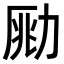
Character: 𠡲